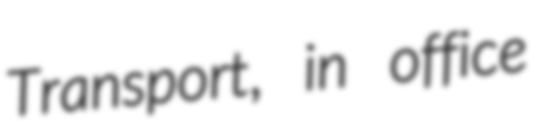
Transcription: Transport, in office